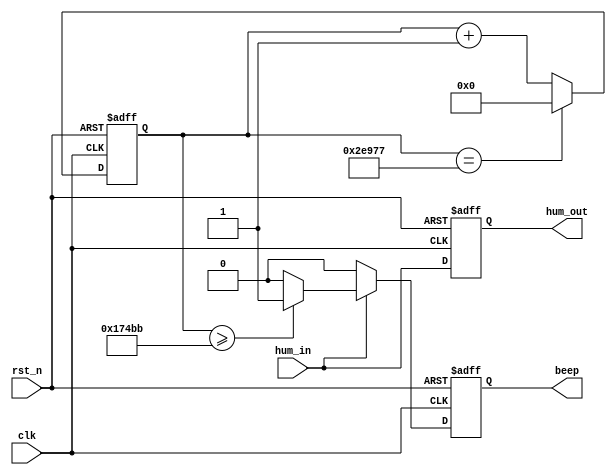
/*================================================*\
		  Filenamehc_sr501.v
			 AuthorXuKunyao
	  Description
  Target Devices: XC6SLX16-2FTG256-2C
   Tool versions: ISE 14.6(nt64/P.68d) 
  			  Email905407267@qq.com
			Company
\*================================================*/

module hc_sr501(
	input			clk,
	input		 	rst_n,
	input			hum_in,
	output reg  hum_out,
	output reg  beep
    );
	 
parameter freq_data = 18'd190839;   //""262

reg     [17:0]  freq_cnt    ;   //
wire    [16:0]  duty_data   ;   //

//50
assign  duty_data   =   freq_data   >>    1'b1;

always@(posedge clk or  negedge rst_n)
    if(rst_n == 1'b0)
        freq_cnt    <=  18'd0;
    else    if(freq_cnt == freq_data)
        freq_cnt    <=  18'd0;
    else
        freq_cnt    <=  freq_cnt +  1'b1;

always@(posedge clk or negedge rst_n)
	if(!rst_n)
		hum_out <= 1'b0;
	else
		hum_out <= hum_in;

//beep
always@(posedge clk or  negedge rst_n)
    if(rst_n == 1'b0)
        beep    <=  1'b0;
    else if(hum_in)begin
		if(freq_cnt >= duty_data)
			beep    <=  1'b1;
		else
			beep    <=  1'b0;
		end
	 else
			beep    <=  1'b0;

endmodule